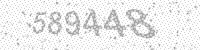
Solution: 589448